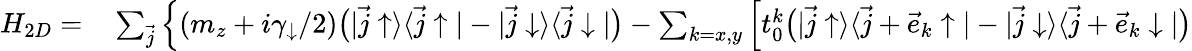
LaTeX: \begin{array}{rl}{H_{2D}=}&{{}\sum_{\vec{j}}\Big\{ (m_{z}+i\gamma_{\downarrow}/2)\bigr(|\vec{j}\uparrow\rangle\langle\vec{j}\uparrow|-|\vec{j}\downarrow\rangle\langle\vec{j}\downarrow|\bigr)-\sum_{k=x,y}\Big[t_{0}^{k}\bigr(|\vec{j}\uparrow\rangle\langle\vec{j}+\vec{e}_{k}\uparrow|-|\vec{j}\downarrow\rangle\langle\vec{j}+\vec{e}_{k}\downarrow|\bigr)}\end{array}